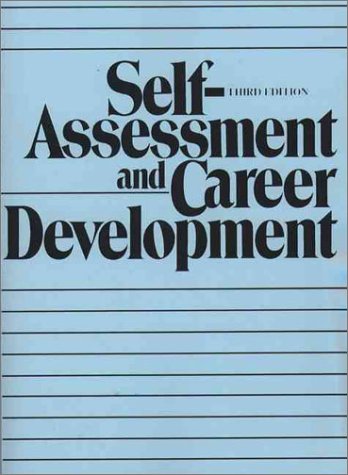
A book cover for Self-Assessment and Career Development (3rd Edition); John P. Kotter; Business & Money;